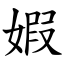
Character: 婽